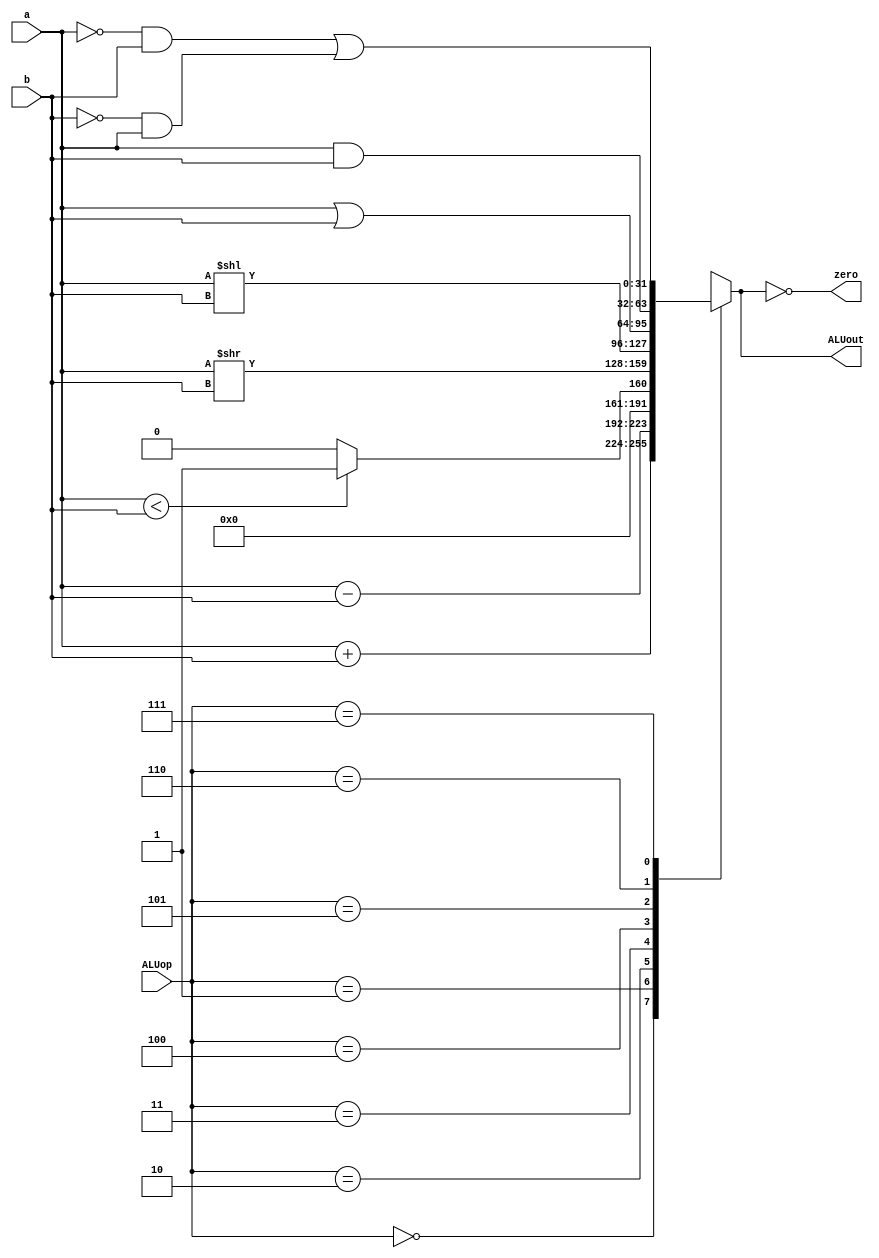
`timescale 1ns / 1ps
//////////////////////////////////////////////////////////////////////////////////
// Company: 
// Engineer: 
// 
// Design Name: 
// Module Name:    ALU 
// Project Name: 
// Target Devices: 
// Tool versions: 
// Description: 
//
// Dependencies: 
//
// Revision: 
// Revision 0.01 - File Created
// Additional Comments: 
//
//////////////////////////////////////////////////////////////////////////////////

 module ALU(
input [31:0] a,          // 
input [31:0] b,          // 
input [2:0] ALUop,       // 
output zero,             // 0
output reg [31:0] ALUout // ALU
    );

always @(a or b or ALUop) 
begin
	$display ("%b %b %b", ALUop, a, b);
	case (ALUop)
		3'b000:            // 
			begin
				ALUout = a + b;
			end
		3'b001:            // 
			begin
				ALUout = a - b;
			end
		3'b010:            // slt
			begin
				ALUout = a < b ? 32'b1 : 32'b0;
			end
		3'b011:            // 
			begin
				ALUout = a >> b;
			end
		3'b100:            // 
			begin
				ALUout = a << b;
			end
		3'b101:            // 
			begin
				ALUout = a | b;
			end
		3'b110:            // 
			begin
				ALUout = a & b;
			end
		3'b111:            // 
			begin
				ALUout = (~a&b | ~b&a);
			end
		default: ALUout = 0;
	endcase
end
assign zero = (ALUout == 0);  // 
endmodule